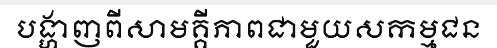
បង្ហាញពីសាមគ្គីភាពជាមួយសកម្មជន